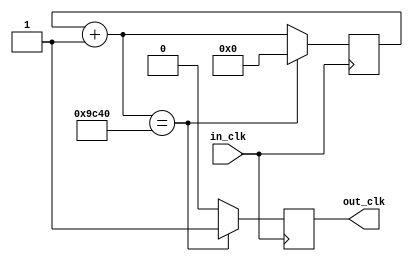
`timescale 1ns / 1ps
//////////////////////////////////////////////////////////////////////////////////
// Company: 
// Engineer: 
// 
// Design Name: 
// Module Name:    fast_clk 
// Project Name: 
// Target Devices: 
// Tool versions: 
// Description: 
//
// Dependencies: 
//
// Revision: 
// Revision 0.01 - File Created
// Additional Comments: 
//
//////////////////////////////////////////////////////////////////////////////////
// 1 kHz
module fast_clk(in_clk, out_clk);
	input in_clk;
	output reg out_clk;
	
	reg [32:0] count=0;
	
	always@(posedge in_clk)
	begin
		count = count + 1'b1;
		if(count == 40000)
		//if(count == 4'b1000)
		begin
			out_clk <=1;
			count = 0;
		end
		else
			out_clk<=0;
	end
endmodule